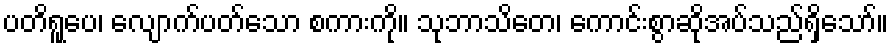
ပတိရူပေ၊ လျောက်ပတ်သော စကားကို။ သုဘာသိတေ၊ ကောင်းစွာဆိုအပ်သည်ရှိသော်။